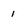
Character: 1